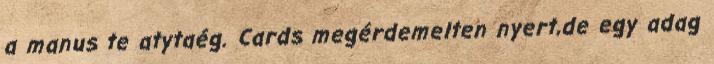
a manus te atytaég. Cards megérdemelten nyert,de egy adag